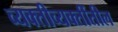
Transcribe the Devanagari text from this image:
व्यक्तीव्यक्तींतील